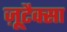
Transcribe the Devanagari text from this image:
ज़ूटैक्सा